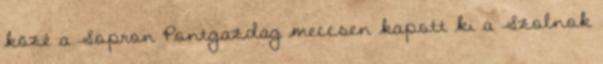
közé a Sopron Pontgazdag meccsen kapott ki a Szolnok